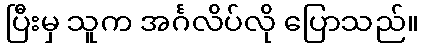
ပြီးမှ သူက အင်္ဂလိပ်လို ပြောသည်။